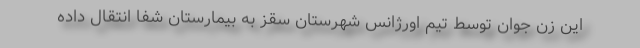
این زن جوان توسط تیم اورژانس شهرستان سقز به بیمارستان شفا انتقال داده